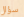
سؤال